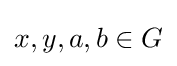
x,y,a,b\in G